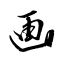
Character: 画